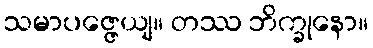
သမာပဇ္ဇေယျ။ တဿ ဘိက္ခုနော။